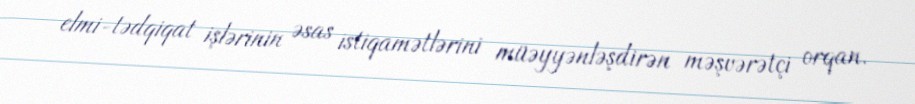
elmi-tədqiqat işlərinin əsas istiqamətlərini müəyyənləşdirən məşvərətçi orqan.